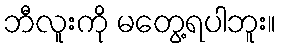
ဘီလူးကို မတွေ့ရပါဘူး။